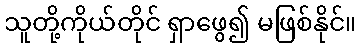
သူတို့ကိုယ်တိုင် ရှာဖွေ၍ မဖြစ်နိုင်။